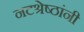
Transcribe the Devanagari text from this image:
नटश्रेष्ठांनी